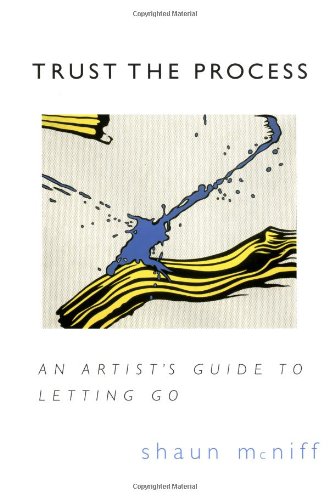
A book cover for Trust the Process: An Artist's Guide to Letting Go; Shaun McNiff; Arts & Photography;